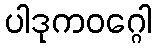
ပါဒုကဝဂ္ဂေါ